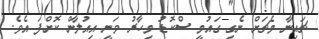
ޗައިނާ މެޗަށް ނެގި ގައުމީ ސްކޮޑު މިހާރު ވަނީ އިއުލާން ކޮށްފަ އެވެ.